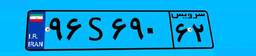
۹۶S۶۹۰۶۲